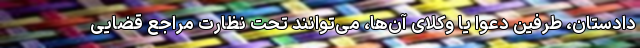
دادستان، طرفین دعوا یا وکلای آن‌ها، می‌توانند تحت نظارت مراجع قضایی